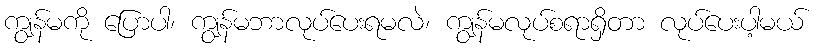
ကျွန်မကို ပြောပါ၊ ကျွန်မဘာလုပ်ပေးရမလဲ၊ ကျွန်မလုပ်စရာရှိတာ လုပ်ပေးပါ့မယ်